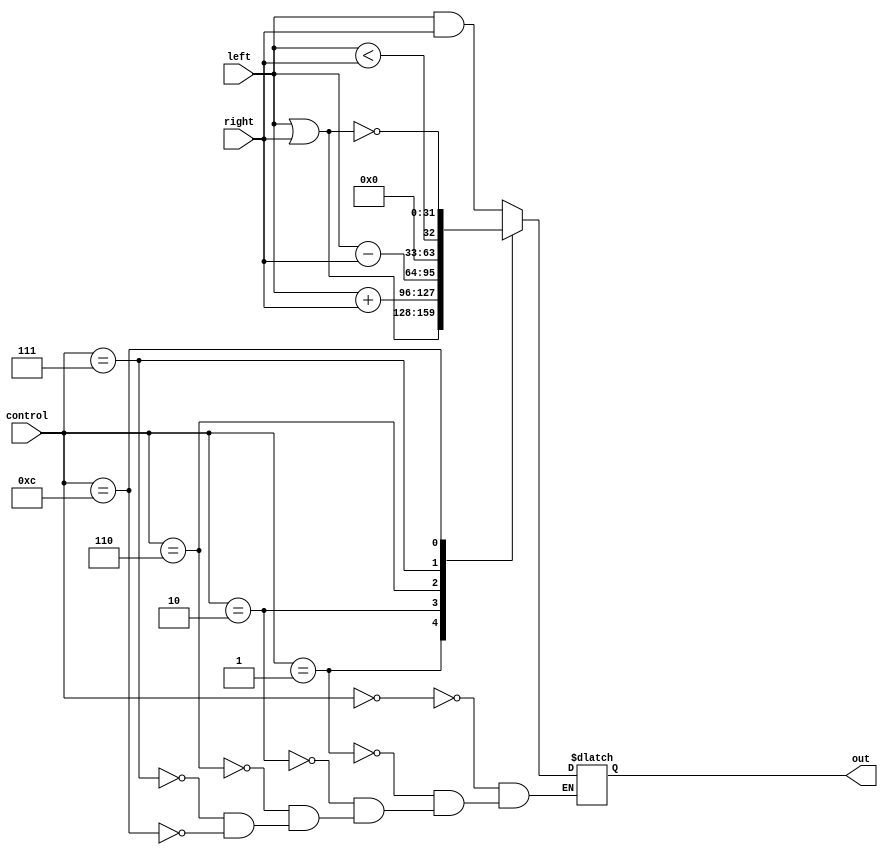
module alu(
    input [31:0] left,
    input [31:0] right,
    input [3:0] control, 
    output reg [31:0] out
);

always @(left, right, control)
    begin
       case(control)
        4'b0000: out = left & right; 
        4'b0001: out = left | right; // hello
        4'b0010: out = left + right; 
        4'b0110: out = left - right; //hello
        4'b0111: out = {31'b0, left < right}; 
        4'b1100: out = left ~| right; 
       endcase
    end   
endmodule